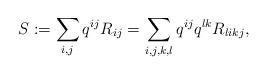
LaTeX: \begin{align*} S:=\sum_{i,j} q^{ij}R_{ij}=\sum_{i,j,k,l} q^{ij}q^{lk}R_{likj}, \end{align*}